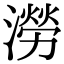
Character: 澇